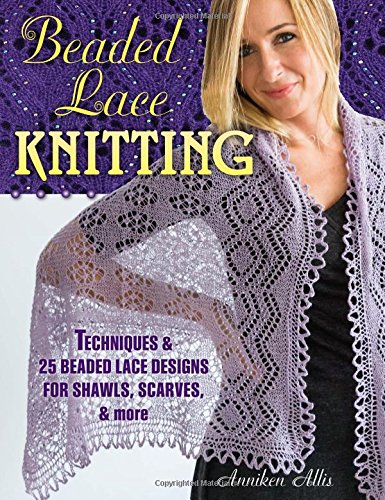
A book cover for Beaded Lace Knitting: Techniques and 25 Beaded Lace Designs for Shawls, Scarves & More; Anniken Allis; Crafts, Hobbies & Home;